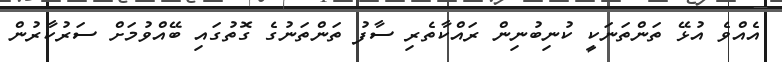
އެއްވެ އުޅޭ ތަންތަނަކީ ކުނިބުނިން ރައްކާތެރި ސާފު ތަންތަނުގެ ގޮތުގައި ބޭއްވުމަށް ސަރުކާރުން